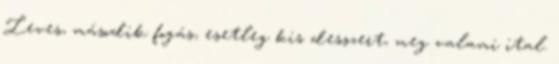
Leves, második fogás, esetleg kis desszert, meg valami ital.